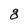
Character: g